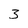
Character: 3